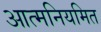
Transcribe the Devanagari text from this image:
आत्मनियमित